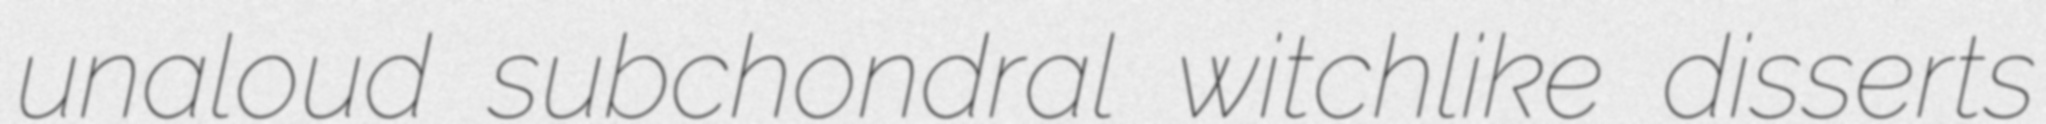
unaloud subchondral witchlike disserts